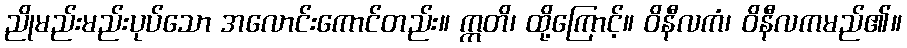
ညိုမည်းမည်းပုပ်သော အလောင်းကောင်တည်း။ ဣတိ၊ ထို့ကြောင့်။ ဝိနီလကံ၊ ဝိနီလကမည်၏။